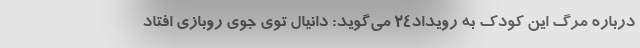
درباره مرگ این کودک به رویداد‌۲۴ می‌گوید: دانیال توی جوی روبازی افتاد